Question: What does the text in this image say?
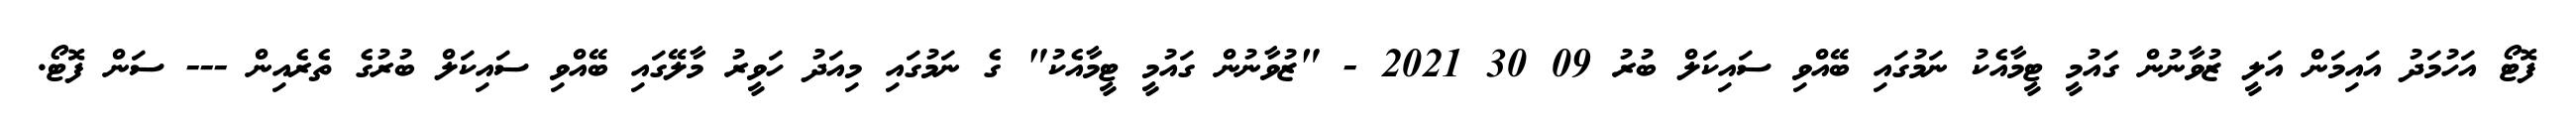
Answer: ފޮޓޯ އަހުމަދު އައިމަން އަލީ ޒުވާނުން ގައުމީ ޓީމާއެކު ނަމުގައި ބޭއްވި ސައިކަލް ބުރު 09 30 2021 - "ޒުވާނުން ގައުމީ ޓީމާއެކު" ގެ ނަމުގައި މިއަދު ހަވީރު މާލޭގައި ބޭއްވި ސައިކަލް ބުރުގެ ތެރެއިން --- ސަން ފޮޓޯ.